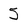
Character: 5